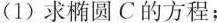
(1)求椭圆C的方程；